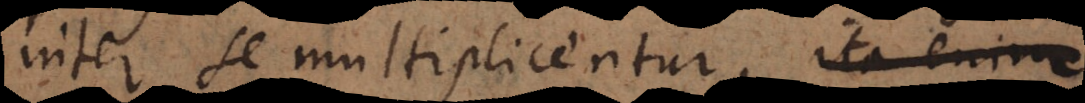
inter se multiplicentur, productum